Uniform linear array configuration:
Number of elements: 48
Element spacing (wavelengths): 0.25
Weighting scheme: uniform
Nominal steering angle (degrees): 0
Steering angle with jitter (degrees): -0.5143
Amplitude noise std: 0.05
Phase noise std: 0.05

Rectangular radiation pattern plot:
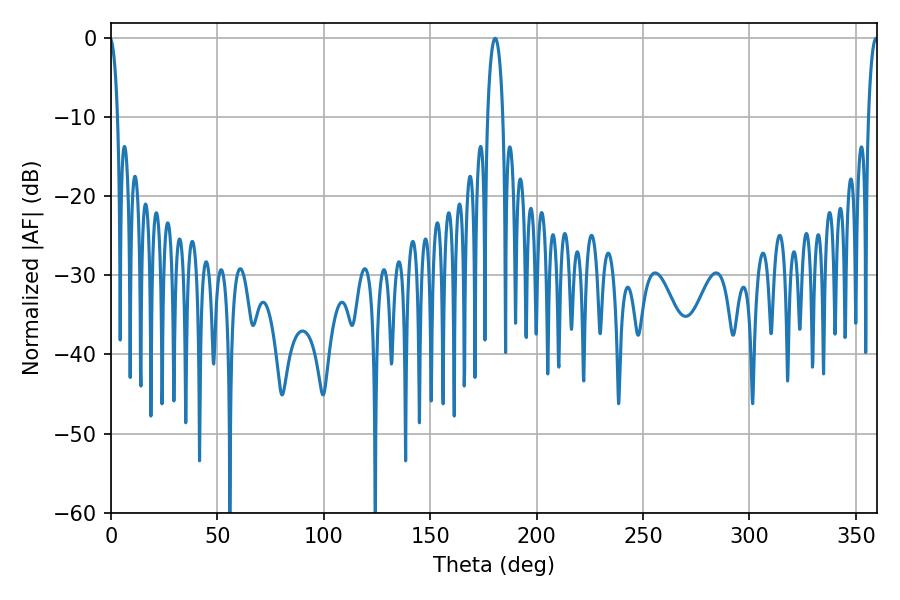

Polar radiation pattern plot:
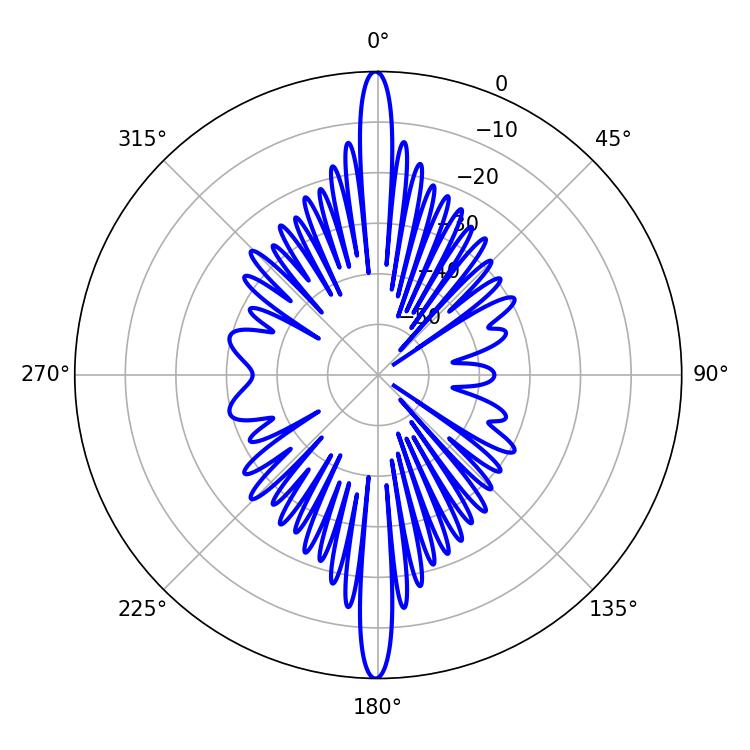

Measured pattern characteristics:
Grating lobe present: FALSE
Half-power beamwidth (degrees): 2.52
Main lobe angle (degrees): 359.46